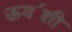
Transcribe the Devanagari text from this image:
ऊव॔शी